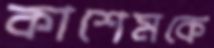
কাশেমকে